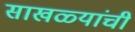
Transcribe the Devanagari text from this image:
साखळ्यांची